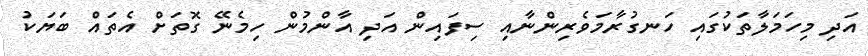
އަދި މިހަމަލާތަކުގައި ހަނގުރާމަވެރިންނާއި ސިފައިން އަދި އާންމުން ހިމެނޭ ގޮތަށް އެތައް ބަޔަކު